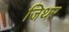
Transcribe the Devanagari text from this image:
जिथर